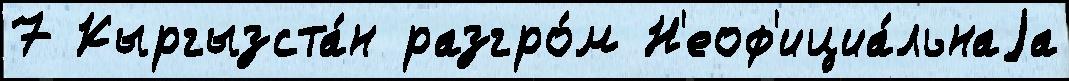
7 Кыргызста́н разгро́м Н'еоф'ициа́льнаjа